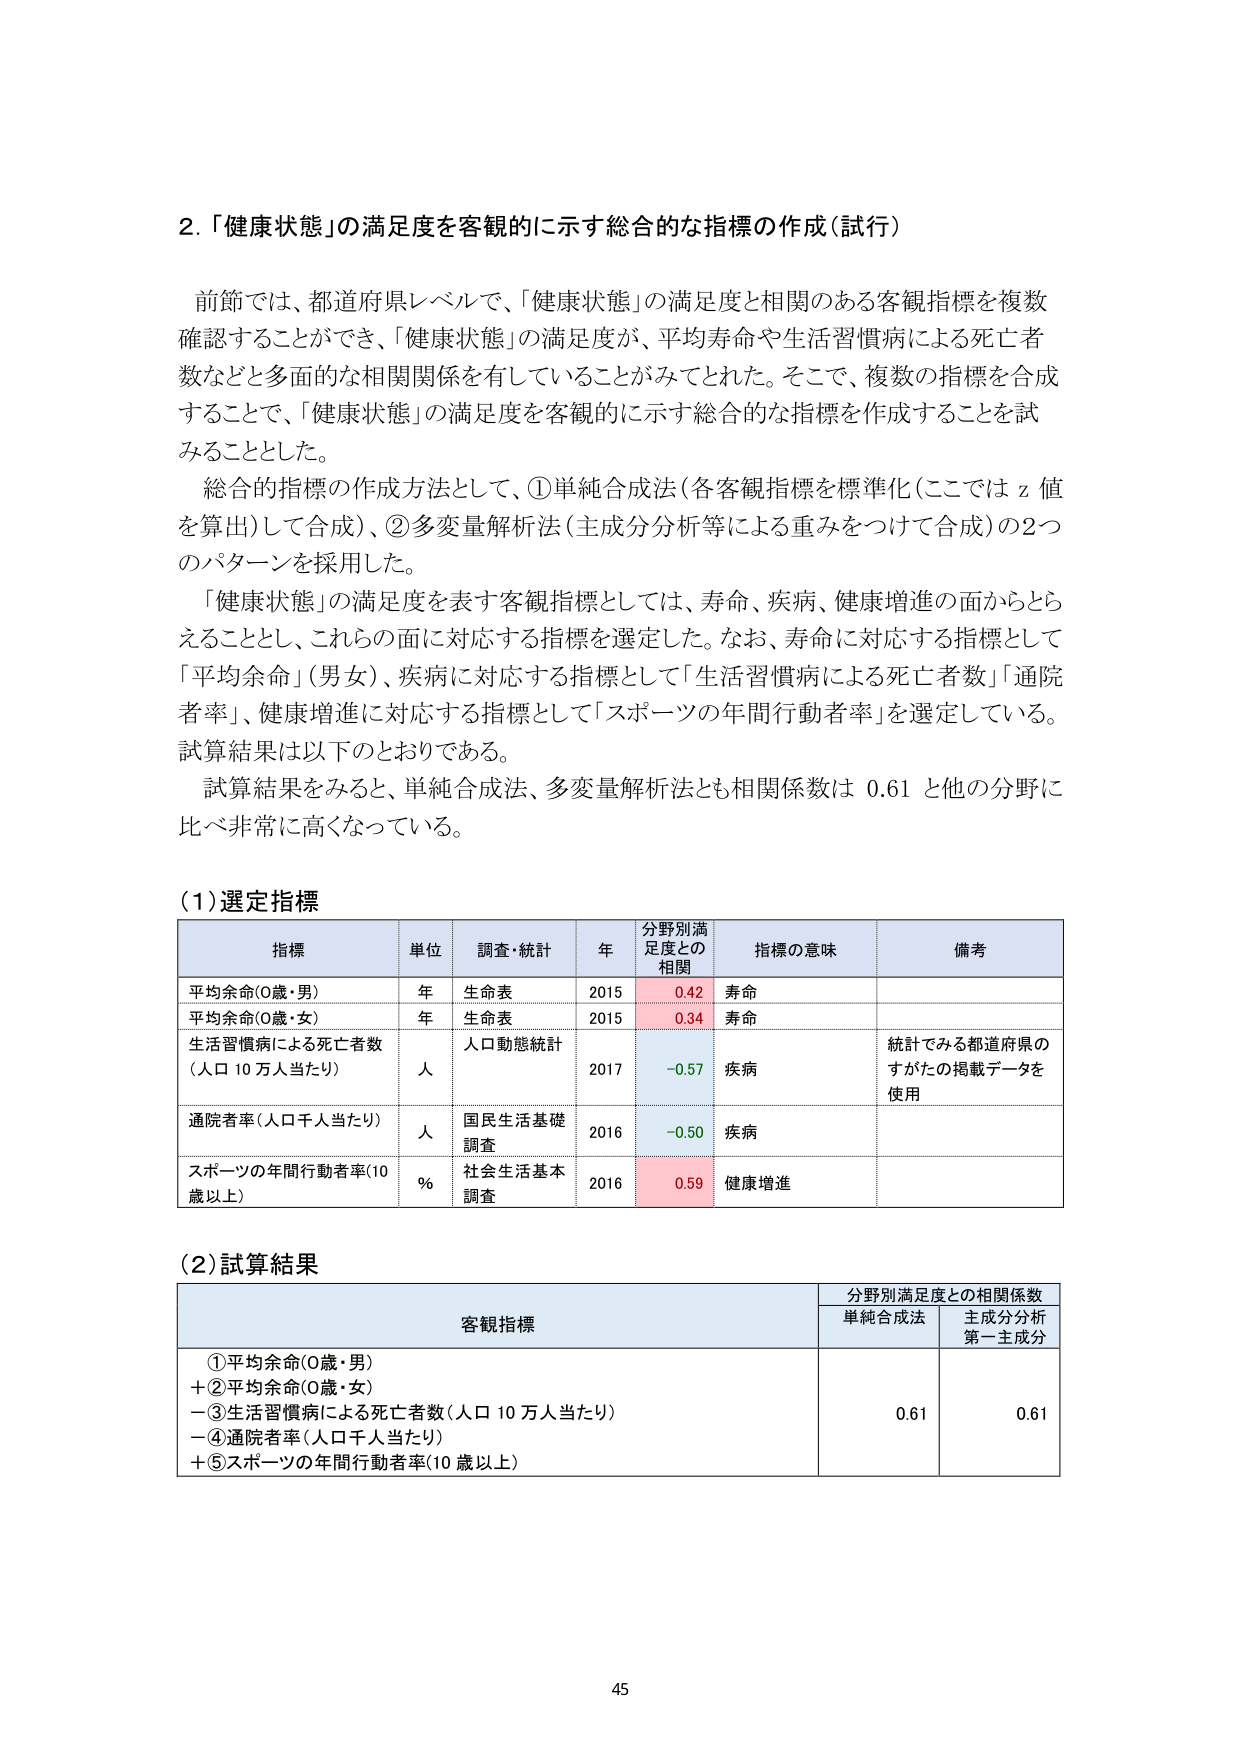
2.「健康状態」の満足度を客観的に示す総合的な指標の作成（試行）

前節では、都道府県レベルで、「健康状態」の満足度と相関のある客観指標を複数確認することができ、 「健康状態」の満足度が、平均寿命や生活習慣病による死亡者数などと多面的な相関関係を有していることがみてとれた。そこで、複数の指標を合成することで、「健康状態」の満足度を客観的に示す総合的な指標を作成することを試みることとした。

総合的指標の作成方法として、①単純合成法（各客観指標を標準化（ここでは z 値を算出）して合成）、②多変量解析法（主成分分析等による重みをつけて合成）の2つのパターンを採用した。

「健康状態」の満足度を表す客観指標としては、寿命、疾病、健康増進の面からとらえることとし、これらの面に対応する指標を選定した。なお、寿命に対応する指標として「平均余命」（男女）、疾病に対応する指標として「生活習慣病による死亡者数」「通院者率」、健康増進に対応する指標として「スポーツの年間行動者率」を選定している。試算結果は以下のとおりである。

試算結果をみると、単純合成法、多変量解析法とも相関係数は 0.61 と他の分野に比べ非常に高くなっている。

（1）選定指標

| 指標 | 単位 | 調査・統計 | 年 | 分野別満足度との相関 | 指標の意味 | 備考 |
|------|------|------------|----|----------------------|------------|------|
| 平均余命（0歳・男） | 年 | 生命表 | 2015 | 0.42 | 寿命 | |
| 平均余命（0歳・女） | 年 | 生命表 | 2015 | 0.34 | 寿命 | |
| 生活習慣病による死亡者数（人口10万人当たり） | 人 | 人口動態統計 | 2017 | -0.57 | 疾病 | 統計でみる都道府県のすがたの掲載データを使用 |
| 通院者率（人口千人当たり） | 人 | 国民生活基礎調査 | 2016 | -0.50 | 疾病 | |
| スポーツの年間行動者率（10歳以上） | % | 社会生活基本調査 | 2016 | 0.59 | 健康増進 | |

（2）試算結果

| 客観指標 | 分野別満足度との相関係数 |
|----------|--------------------------|
| | 単純合成法 | 主成分分析第一主成分 |
| ①平均余命（0歳・男）<br>+②平均余命（0歳・女）<br>-③生活習慣病による死亡者数（人口10万人当たり）<br>-④通院者率（人口千人当たり）<br>+⑤スポーツの年間行動者率（10歳以上） | 0.61 | 0.61 |

45